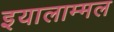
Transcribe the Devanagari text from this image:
इयालाम्मल